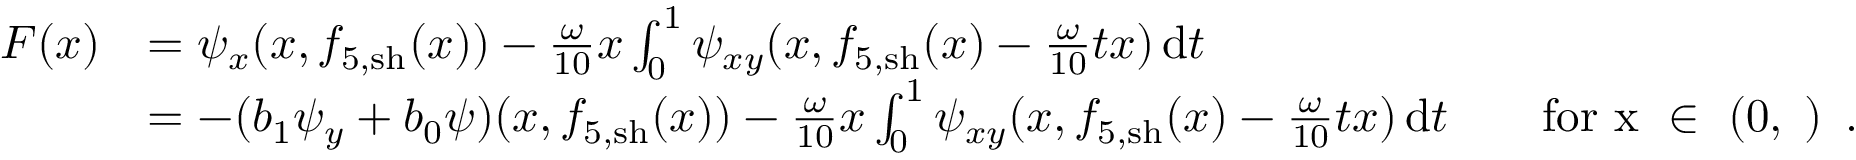
\begin{array} { r l } { F ( x ) } & { = \psi _ { x } ( x , f _ { 5 , \mathrm { s h } } ( x ) ) - \frac { \omega } { 1 0 } x \int _ { 0 } ^ { 1 } \psi _ { x y } ( x , f _ { 5 , \mathrm { s h } } ( x ) - \frac { \omega } { 1 0 } t x ) \, \mathrm { d } t } \\ & { = - ( b _ { 1 } \psi _ { y } + b _ { 0 } \psi ) ( x , f _ { 5 , \mathrm { s h } } ( x ) ) - \frac { \omega } { 1 0 } x \int _ { 0 } ^ { 1 } \psi _ { x y } ( x , f _ { 5 , \mathrm { s h } } ( x ) - \frac { \omega } { 1 0 } t x ) \, \mathrm { d } t \qquad \mathrm { f o r ~ x ~ \in ~ ( 0 , \varepsilon ) ~ } \, . } \end{array}